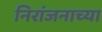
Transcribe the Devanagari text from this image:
निरांजनाच्या